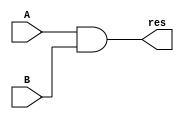
`timescale 1ns / 1ps
//////////////////////////////////////////////////////////////////////////////////
// Company: 
// Engineer: 
// 
// Design Name: 
// Module Name:    and32 
// Project Name: 
// Target Devices: 
// Tool versions: 
// Description: 
//
// Dependencies: 
//
// Revision: 
// Revision 0.01 - File Created
// Additional Comments: 
//
//////////////////////////////////////////////////////////////////////////////////
module and32(input [31:0] A,
				 input [31:0] B,
				 output [31:0] res
				 );
		
	assign res = A&B;

endmodule